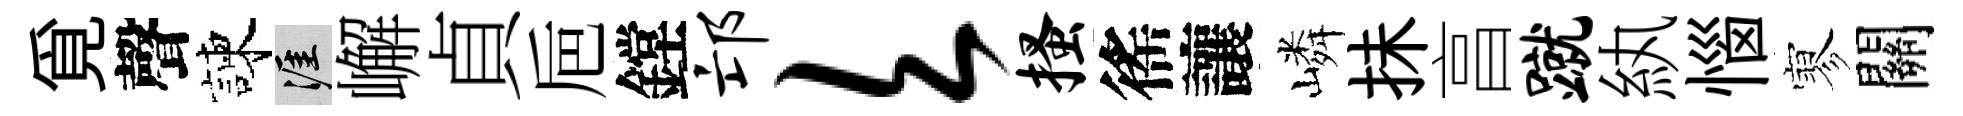
覓聲諫涯嶰貞巵鏜邙欠搔徭讓嶙抺亯蹴紈惱寥關